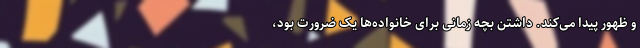
و ظهور پیدا می‌کند. داشتن بچه زمانی برای خانواده‌ها یک ضرورت بود،